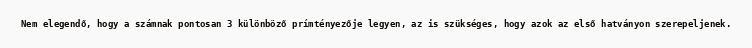
Nem elegendő, hogy a számnak pontosan 3 különböző prímtényezője legyen, az is szükséges, hogy azok az első hatványon szerepeljenek.